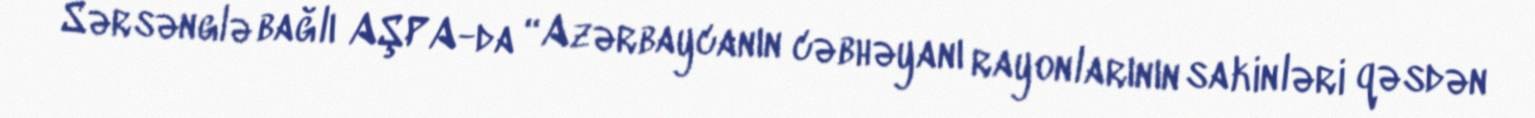
Sərsənglə bağlı AŞPA-da “Azərbaycanın cəbhəyanı rayonlarının sakinləri qəsdən